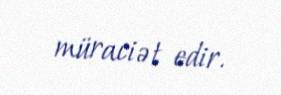
müraciət edir.